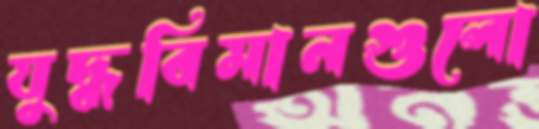
যুদ্ধবিমানগুলো